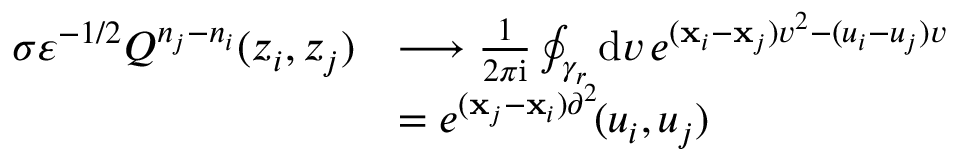
\begin{array} { r l } { \sigma \varepsilon ^ { - 1 / 2 } Q ^ { n _ { j } - n _ { i } } ( z _ { i } , z _ { j } ) } & { \longrightarrow \frac { 1 } { 2 \pi \mathrm { i } } \oint _ { \gamma _ { r } } \mathrm { d } v \, e ^ { ( \mathbf { x } _ { i } - \mathbf { x } _ { j } ) v ^ { 2 } - ( u _ { i } - u _ { j } ) v } } \\ & { = e ^ { ( \mathbf { x } _ { j } - \mathbf { x } _ { i } ) \partial ^ { 2 } } \! ( u _ { i } , u _ { j } ) } \end{array}